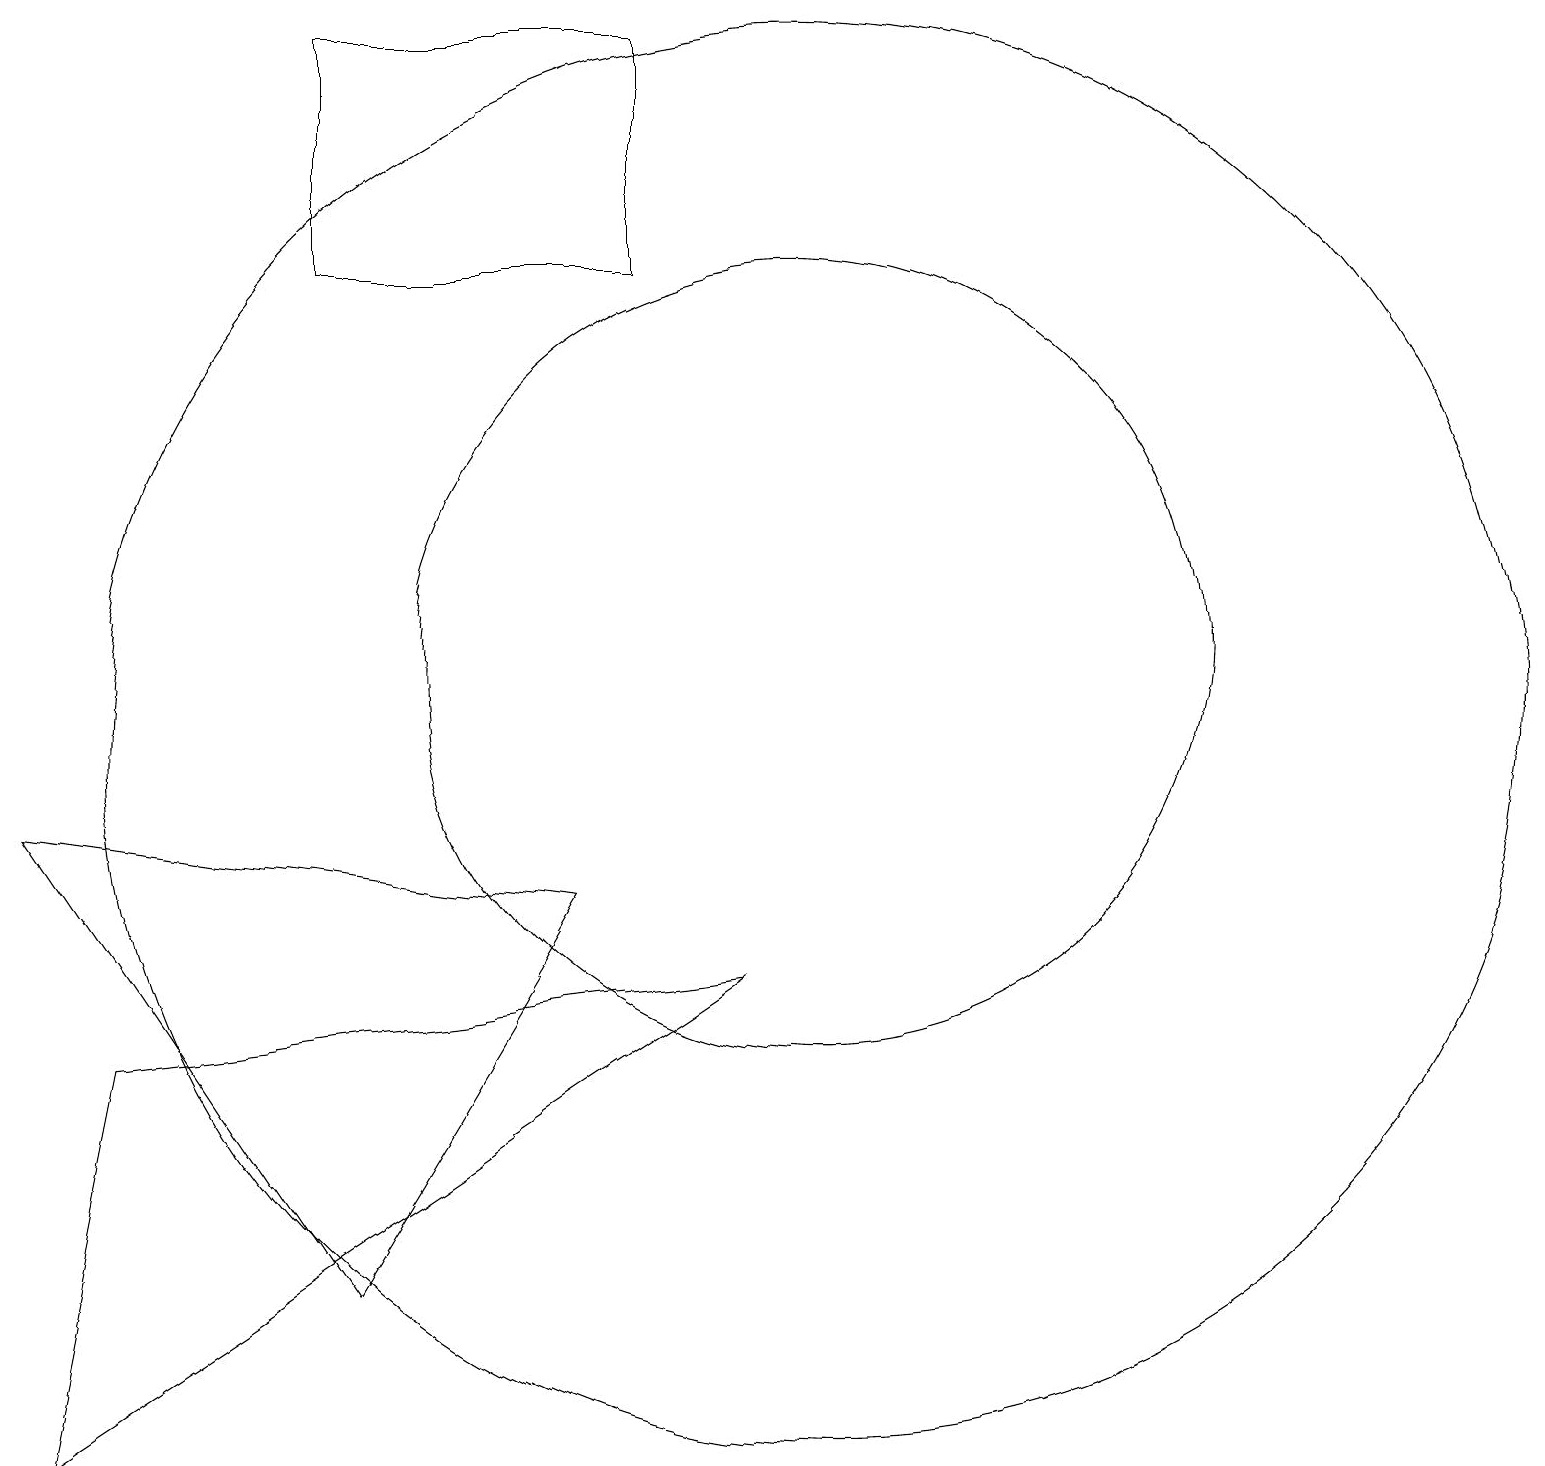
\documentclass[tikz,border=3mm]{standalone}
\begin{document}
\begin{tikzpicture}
\draw (4,19) rectangle (8,16);
\draw (9,7) -- (0,1) -- (1,6) -- cycle;
\draw (10,11) circle (5);
\draw (0,9) -- (4,3) -- (7,8) -- cycle;
\draw (10,10) circle (9);
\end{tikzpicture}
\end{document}